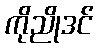
ကိုညိုဒင်